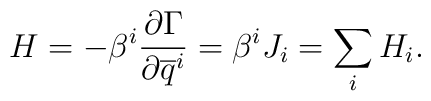
H = -\beta^i\frac{\partial\Gamma}{\partial\overline q^i} = \beta^i J_i = \sum_iH_i.